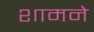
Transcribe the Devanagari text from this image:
शामने